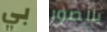
بي بالصور